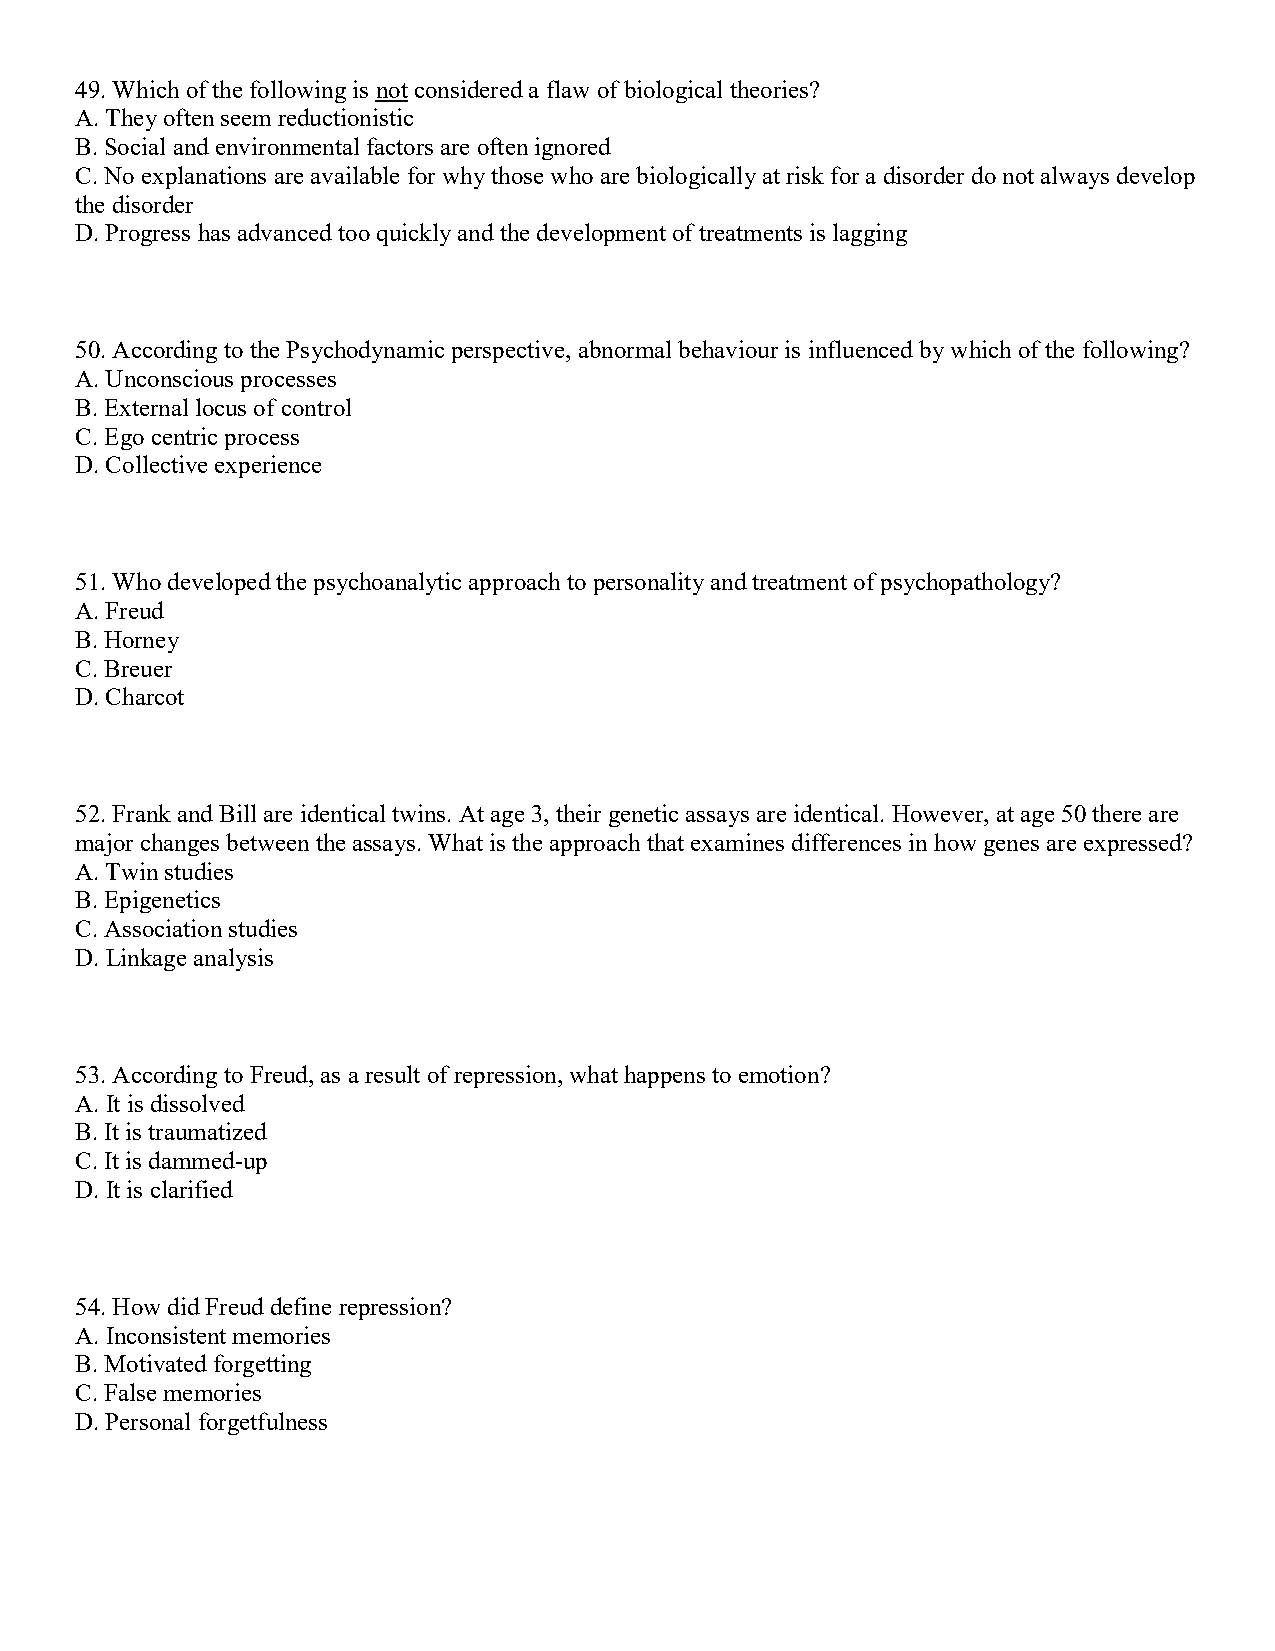
49. Which of the following is not considered a flaw of biological theories?
 A. They often seem reductionistic
 B. Social and environmental factors are often ignored
 C. No explanations are available for why those who are biologically at risk for a disorder do not always develop
 the disorder
 D. Progress has advanced too quickly and the development of treatments is lagging
 50. According to the Psychodynamic perspective, abnormal behaviour is influenced by which of the following?
 A. Unconscious processes
 B. External locus of control
 C. Ego centric process
 D. Collective experience
 51. Who developed the psychoanalytic approach to personality and treatment of psychopathology?
 A. Freud
 B. Horney
 C. Breuer
 D. Charcot
 52. Frank and Bill are identical twins. At age 3, their genetic assays are identical. However, at age 50 there are
 major changes between the assays. What is the approach that examines differences in how genes are expressed?
 A. Twin studies
 B. Epigenetics
 C. Association studies
 D. Linkage analysis
 53. According to Freud, as a result of repression, what happens to emotion?
 A. It is dissolved
 B. It is traumatized
 C. It is dammed-up
 D. It is clarified
 54. How did Freud define repression?
 A. Inconsistent memories
 B. Motivated forgetting
 C. False memories
 D. Personal forgetfulness